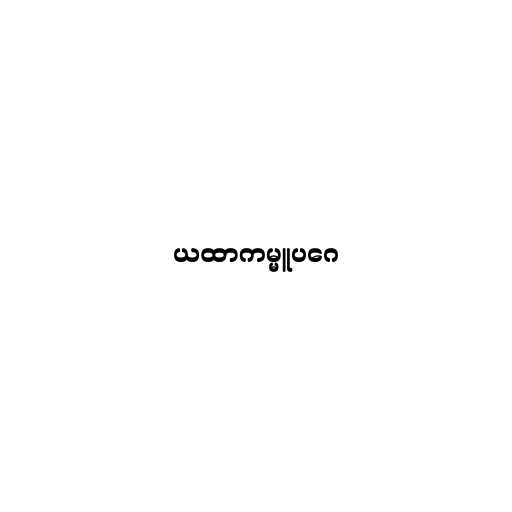
ယထာကမ္မူပဂေ